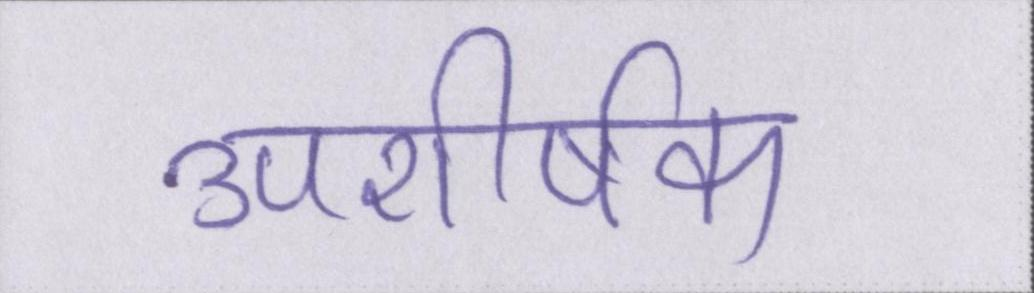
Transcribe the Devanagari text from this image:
उपशीर्षक